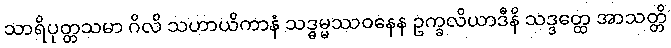
သာရိပုတ္တသမာ ဂိလိ သဟာယိကာနံ သဒ္ဓမ္မဿဝနေန ဥက္ခလိယာဒီနိ သဒ္ဒတ္ထေ အာသတ္တိ